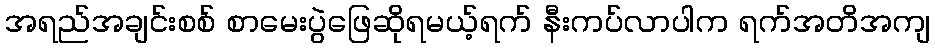
အရည်အချင်းစစ် စာမေးပွဲဖြေဆိုရမယ့်ရက် နီးကပ်လာပါက ရက်အတိအကျ